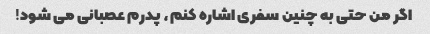
اگر من حتی به چنین سفری اشاره کنم، پدرم عصبانی می شود!